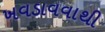
ખવડાવવાથી